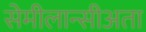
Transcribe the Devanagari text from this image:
सेमीलान्सीअता